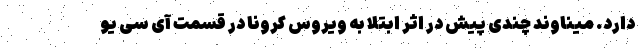
دارد. میناوند چندی پیش در اثر ابتلا به ویروس کرونا در قسمت آی سی یو